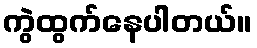
ကွဲထွက်နေပါတယ်။